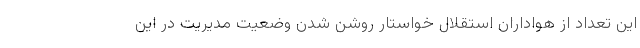
این تعداد از هواداران استقلال خواستار روشن شدن وضعیت مدیریت در این